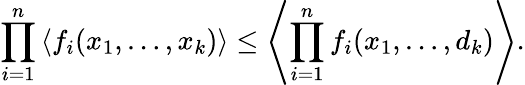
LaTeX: \prod_{i=1}^{n}\left\langle f_{i}(x_{1},\dots,x_{k})\right\rangle\leq\left\langle\prod_{i=1}^{n}f_{i}(x_{1},\dots,d_{k})\right\rangle.